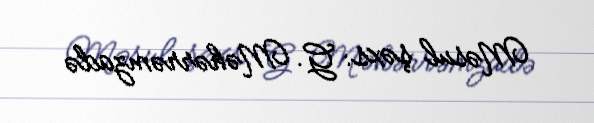
Məsul şəxs: G. Məhərrəmzadə